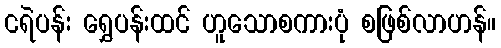
ငရဲပန်း ရွှေပန်းထင် ဟူသောစကားပုံ စဖြစ်လာဟန်။